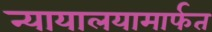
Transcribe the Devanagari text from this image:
न्यायालयामार्फत